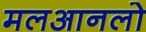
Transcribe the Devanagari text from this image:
मलआनलो